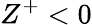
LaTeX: Z^{+}<0